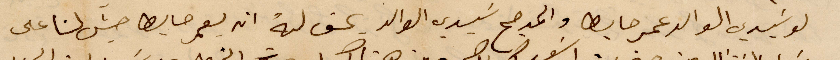
لو سيدي الوالد عمرها حابطا والمدمح سيدي الوالد يحق له اه يعمرها حيث لنا على